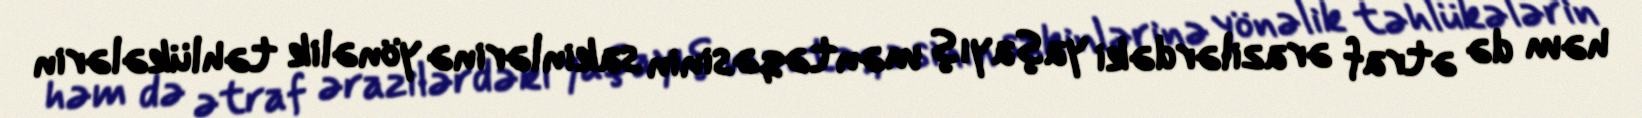
həm də ətraf ərazilərdəki yaşayış məntəqəsinin sakinlərinə yönəlik təhlükələrin